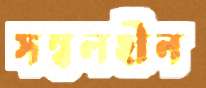
সম্বলহীন